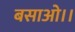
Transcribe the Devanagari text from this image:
बसाओ।।